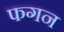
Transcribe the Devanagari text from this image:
फगन